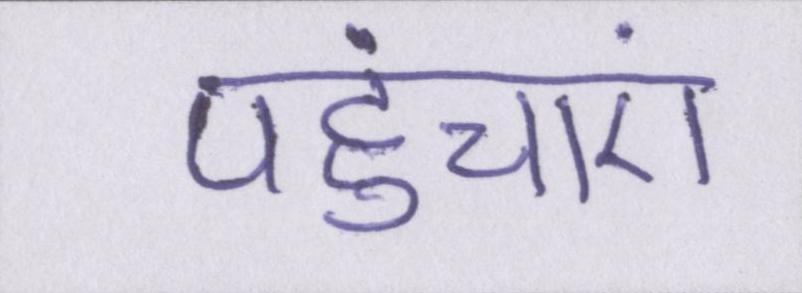
पहुंचाएं